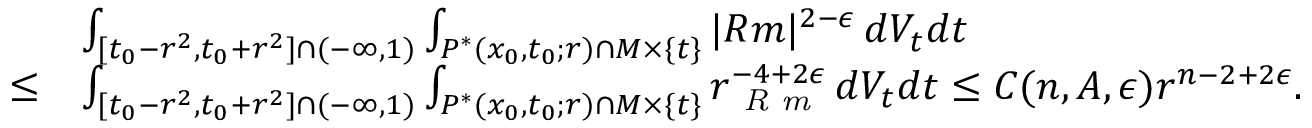
\begin{array} { r l } & { \int _ { [ t _ { 0 } - r ^ { 2 } , t _ { 0 } + r ^ { 2 } ] \cap ( - \infty , 1 ) } \int _ { P ^ { * } ( x _ { 0 } , t _ { 0 } ; r ) \cap M \times \{ t \} } | R m | ^ { 2 - \epsilon } \, d V _ { t } d t } \\ { \leq } & { \int _ { [ t _ { 0 } - r ^ { 2 } , t _ { 0 } + r ^ { 2 } ] \cap ( - \infty , 1 ) } \int _ { P ^ { * } ( x _ { 0 } , t _ { 0 } ; r ) \cap M \times \{ t \} } r _ { \emph { R m } } ^ { - 4 + 2 \epsilon } \, d V _ { t } d t \leq C ( n , A , \epsilon ) r ^ { n - 2 + 2 \epsilon } . } \end{array}